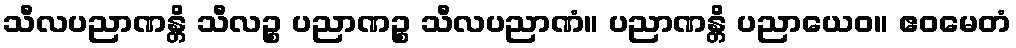
သီလပညာဏန္တိ သီလဉ္စ ပညာဏဉ္စ သီလပညာဏံ။ ပညာဏန္တိ ပညာယေဝ။ ဧဝမေတံ